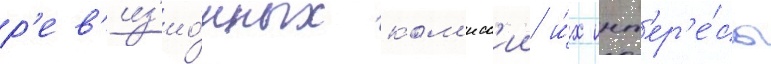
р'ев'из'ио́нных ком'исс'ии и́х инт'ер'е́сы